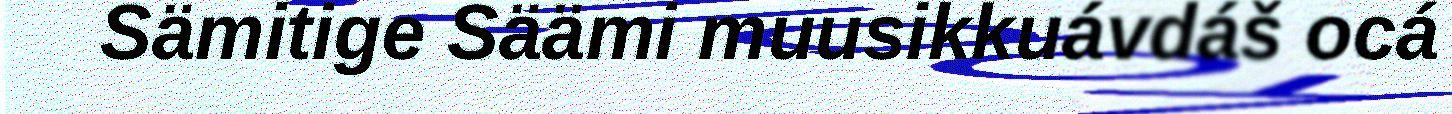
Sämitige Säämi muusikkuávdáš ocá